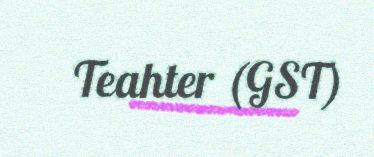
Teahter (GST)